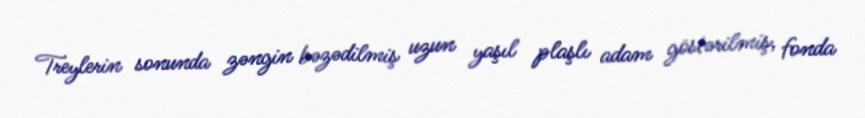
Treylerin sonunda zəngin bəzədilmiş uzun yaşıl plaşlı adam göstərilmiş, fonda